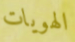
الهويات